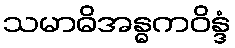
သမာဓိအန္ဓကဝိန္ဒံ